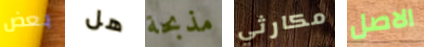
بعض هل مذبحة مكارثي الاصل